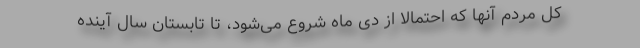
کل مردم آنها که احتمالا از دی ماه شروع می‌شود، تا تابستان سال آینده